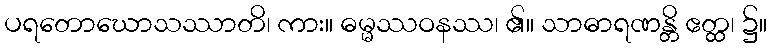
ပရတောဃောသဿာတိ၊ ကား။ ဓမ္မဿဝနဿ၊ ၏။ သာဓာရဏန္တိ ဧတ္ထ၊ ၌။